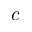
c